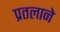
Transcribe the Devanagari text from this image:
प्रतलाने